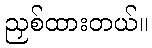
ညှစ်ထားတယ်။